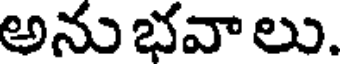
అనుభవాలు.